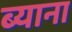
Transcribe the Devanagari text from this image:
ब्याना